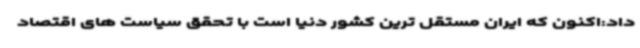
داد:اکنون که ایران مستقل ترین کشور دنیا است با تحقق سیاست های اقتصاد